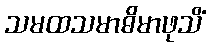
သမထသမာဓိမာဖုသိံ